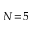
N \! = \! 5